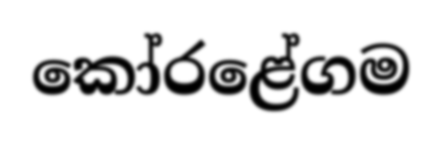
කෝරළේගම